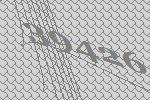
39426